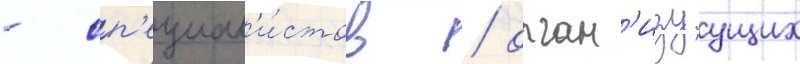
- сп'ециал'и́стов / орган'изуущих